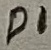
Text: D1